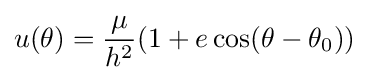
u(\theta )={\frac {\mu }{h^{2}}}(1+e\cos(\theta -\theta _{0}))